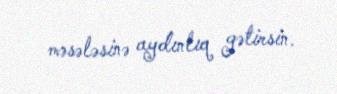
məsələsinə aydınlıq gətirsin.